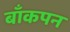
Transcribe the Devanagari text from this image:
बाँकपन